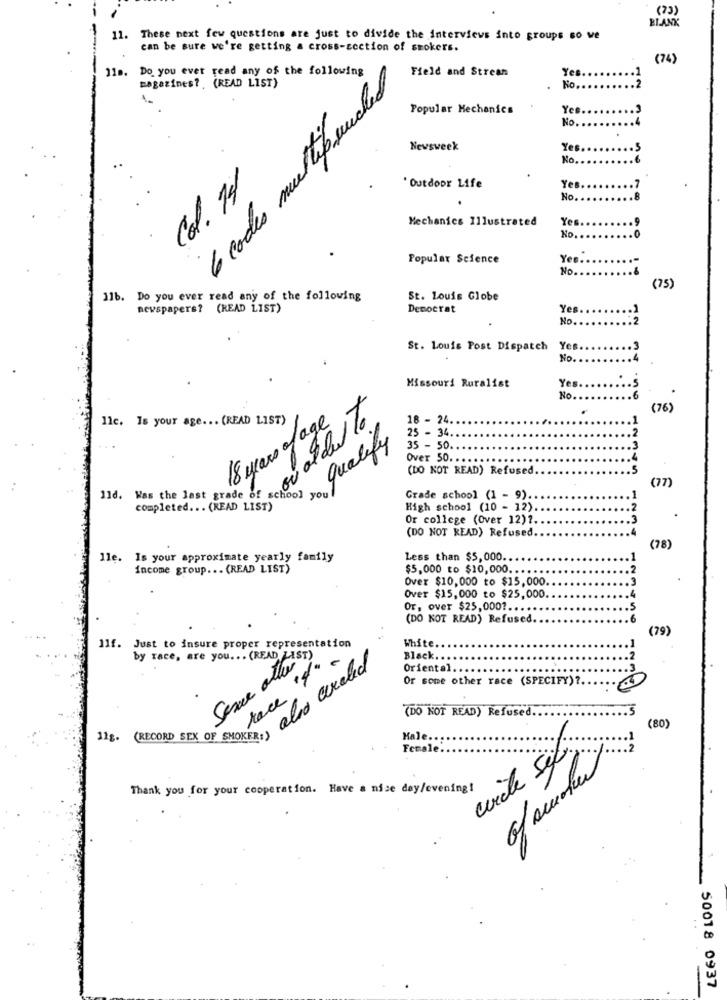
(73)
BLANK
11. These next few questions are just to divide the interviews into groups so we
can be sure we're getting a cross-section of smokers.
(74)
11s. Do you ever read any of the following
Field and Strean
Yes
6 codes multipunched
magazines ?. (READ LIST)
No.
Popular Mechanics
Yee.
No.
Newsweek
Ye
No ..
Col. 14
' Outdoor Life
Yes.
.. 7
No.
.8
Mechanics Illustrated
Yes
.. 9
No ..
Popular Science
Yes.
No.
(75)
11b. Do you ever read any of the following
St. Louis Globe
newspapers? (READ LIST)
Democrat
Yes
No ..
:2
St. Louis Post Dispatch
Yes
No.
Missouri Ruralist
Yes
No ..
.6
.
(76)
llc. Is your age ... (READ LIST)
18 years of age
18 - 24
25 - 34
Has the fast trade as my order To
qualify
35 - 50
Over 50. .
(DO NOT READ) Refused.
12345
school you
(77)
Grade school (1 - 9).
completed .. . (READ LIST)
High school (10 - 12)
Or college (Over 12)?
(DO NOT READ) Refused
(78)
lle. Is your approximate yearly family
Less than $5,000.
income group ... (READ LIST)
$5,000 to $10,000.
Over $10,000 to $15,000
Over $15,000 to $25,000
Or, over $25,0001 ....
(DO NOT READ) Refused
(79)
White
Ilf. Just to insure proper representation
by race, are you. .. (READ ZA
race 4.
Black.
Oriental ..
Or some other race (SPECIFY) ?.
.00
1(RECORD SEX OF SMOKER .. also circled
(DO NOT READ) Refused.
.5
(80
Hale.
Female
Thank you for your cooperation. Have a nice day/evening!
50018 0937